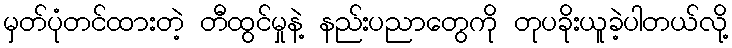
မှတ်ပုံတင်ထားတဲ့ တီထွင်မှုနဲ့ နည်းပညာတွေကို တုပခိုးယူခဲ့ပါတယ်လို့